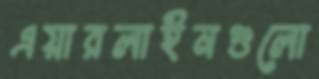
এয়ারলাইনগুলো